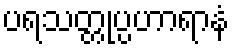
ပရသတ္တုပ္ပဟာရာနံ